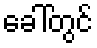
ခေါ်တွင်